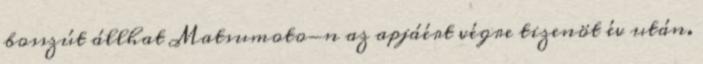
bosszút állhat Matsumoto-n az apjáért végre tizenöt év után.